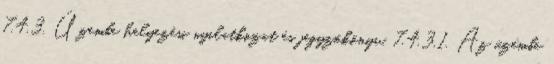
7.4.3. Üzembe helyezési nyilatkozat és jegyzõkönyv. 7.4.3.1. Az üzembe